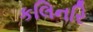
કલિનરિ